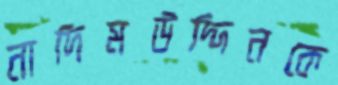
নাদিমউদ্দিনকে